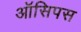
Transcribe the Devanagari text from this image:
ऑसिपस